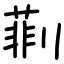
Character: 㔈